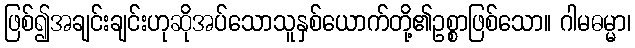
ဖြစ်၍အချင်းချင်းဟုဆိုအပ်သောသူနှစ်ယောက်တို့၏ဥစ္စာဖြစ်သော။ ဂါမဓမ္မာ၊